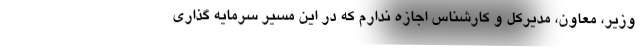
وزیر، معاون، مدیرکل و کارشناس اجازه ندارم که در این مسیر سرمایه گذاری